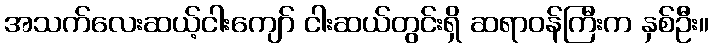
အသက်လေးဆယ့်ငါးကျော် ငါးဆယ်တွင်းရှိ ဆရာဝန်ကြီးက နှစ်ဦး။